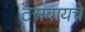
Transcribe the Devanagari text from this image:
ठसवायचे